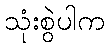
သုံးစွဲပါက